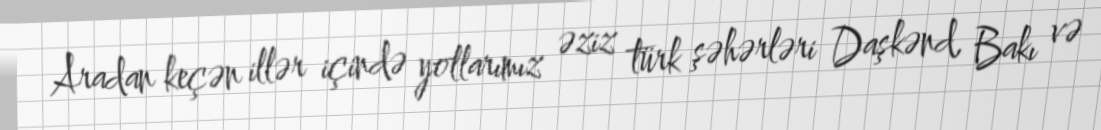
Aradan keçən illər içində yollarımız əziz türk şəhərləri Daşkənd, Bakı və